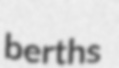
berths